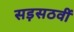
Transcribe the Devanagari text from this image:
सड़सठवीं